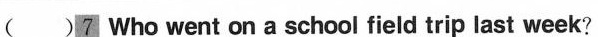
()7 Who went on a school field trip last week?